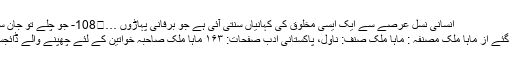
انسانی نسل عرصے سے ایک ایسی مخلوق کی کہانیاں سنتی آئی ہے جو برفانی پہاڑوں …	108- جو چلے تو جان سے گزر گئے از ماہا ملک
جو چلے تو جان سے گزر گئے از ماہا ملک مصنفہ : ماہا ملک صنف: ناول، پاکستانی ادب صفحات: ۱۶۳ ماہا ملک صاحبہ خواتین کے لئے چھپنے والے ڈائجسٹس کی ممتاز مصنفہ ہیں۔